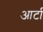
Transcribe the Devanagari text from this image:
आर्टा